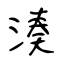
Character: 湊